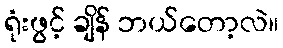
ရုံးဖွင့် ချိန် ဘယ်တော့လဲ။